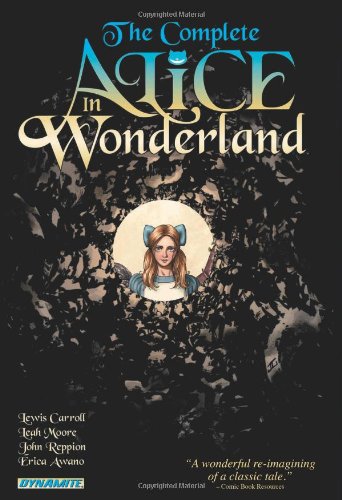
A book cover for COMPLETE ALICE IN WONDERLAND HC; Lewis Carroll; Comics & Graphic Novels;